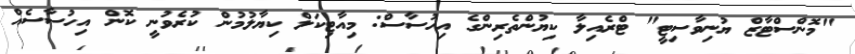
"މޮންސްޓާޒް ޔުނިވާސިޓީ" ޓްރެއިލާ ކިޔުންތެރިންގެ އިހުސާސް: މިއާޓިކަލް ކިޔާލުމުން ކުރެވުނީ ކޮން އިހުސާސެއް